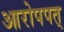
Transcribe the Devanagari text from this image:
आरोपपत्